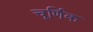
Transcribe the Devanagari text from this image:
चूर्णिक